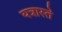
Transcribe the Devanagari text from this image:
यत्रास्ते